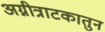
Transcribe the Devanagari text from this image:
अग्नीत्राटकातुन